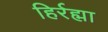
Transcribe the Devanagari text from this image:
हिर्रह्मा